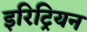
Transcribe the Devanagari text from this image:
इरिट्रियन